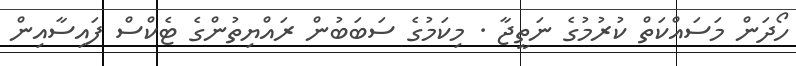
ހޯދަން މަސައްކަތް ކުރުމުގެ ނަތީޖާ . މިކަމުގެ ސަބަބުން ރައްޔިތުންގެ ޓެކްސް ފައިސާއިން